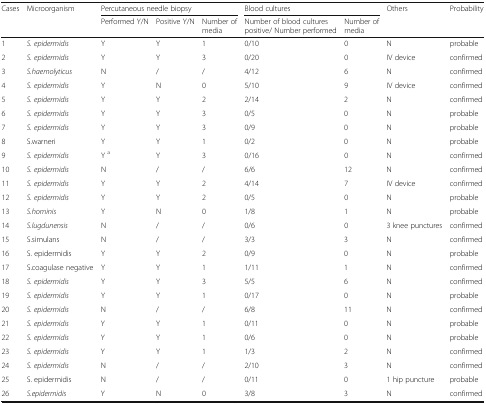
<table><thead><tr><td rowspan="2"><b>Cases</b></td><td rowspan="2"><b>Microorganism</b></td><td colspan="3"><b>Percutaneous needle biopsy</b></td><td colspan="2"><b>Blood cultures</b></td><td rowspan="2"><b>Others</b></td><td rowspan="2"><b>Probability</b></td></tr><tr><td><b>Performed Y/N</b></td><td><b>Positive Y/N</b></td><td><b>Number of media</b></td><td><b>Number of blood cultures positive/ Number performed</b></td><td><b>Number of media</b></td></tr></thead><tbody><tr><td>1</td><td><i>S. epidermidis</i></td><td>Y</td><td>Y</td><td>1</td><td>0/10</td><td>0</td><td>N</td><td>probable</td></tr><tr><td>2</td><td><i>S. epidermidis</i></td><td>Y</td><td>Y</td><td>3</td><td>0/20</td><td>0</td><td>IV device</td><td>confirmed</td></tr><tr><td>3</td><td><i>S.haemolyticus</i></td><td>N</td><td>/</td><td>/</td><td>4/12</td><td>6</td><td>N</td><td>confirmed</td></tr><tr><td>4</td><td><i>S. epidermidis</i></td><td>Y</td><td>N</td><td>0</td><td>5/10</td><td>9</td><td>IV device</td><td>confirmed</td></tr><tr><td>5</td><td><i>S. epidermidis</i></td><td>Y</td><td>Y</td><td>2</td><td>2/14</td><td>2</td><td>N</td><td>confirmed</td></tr><tr><td>6</td><td><i>S. epidermidis</i></td><td>Y</td><td>Y</td><td>3</td><td>0/5</td><td>0</td><td>N</td><td>probable</td></tr><tr><td>7</td><td><i>S. epidermidis</i></td><td>Y</td><td>Y</td><td>3</td><td>0/9</td><td>0</td><td>N</td><td>probable</td></tr><tr><td>8</td><td>S.warneri</td><td>Y</td><td>Y</td><td>1</td><td>0/2</td><td>0</td><td>N</td><td>probable</td></tr><tr><td>9</td><td><i>S. epidermidis</i></td><td>Y <sup>a</sup></td><td>Y</td><td>3</td><td>0/16</td><td>0</td><td>N</td><td>confirmed</td></tr><tr><td>10</td><td><i>S. epidermidis</i></td><td>N</td><td>/</td><td>/</td><td>6/6</td><td>12</td><td>N</td><td>confirmed</td></tr><tr><td>11</td><td><i>S. epidermidis</i></td><td>Y</td><td>Y</td><td>2</td><td>4/14</td><td>7</td><td>IV device</td><td>confirmed</td></tr><tr><td>12</td><td><i>S. epidermidis</i></td><td>Y</td><td>Y</td><td>2</td><td>0/5</td><td>0</td><td>N</td><td>probable</td></tr><tr><td>13</td><td><i>S.hominis</i></td><td>Y</td><td>N</td><td>0</td><td>1/8</td><td>1</td><td>N</td><td>probable</td></tr><tr><td>14</td><td><i>S.lugdunensis</i></td><td>N</td><td>/</td><td>/</td><td>0/6</td><td>0</td><td>3 knee punctures</td><td>confirmed</td></tr><tr><td>15</td><td>S.simulans</td><td>N</td><td>/</td><td>/</td><td>3/3</td><td>3</td><td>N</td><td>confirmed</td></tr><tr><td>16</td><td>S. epidermidis</td><td>Y</td><td>Y</td><td>2</td><td>0/9</td><td>0</td><td>N</td><td>probable</td></tr><tr><td>17</td><td>S.coagulase negative</td><td>Y</td><td>Y</td><td>1</td><td>1/11</td><td>1</td><td>N</td><td>confirmed</td></tr><tr><td>18</td><td><i>S. epidermidis</i></td><td>Y</td><td>Y</td><td>3</td><td>5/5</td><td>6</td><td>N</td><td>confirmed</td></tr><tr><td>19</td><td><i>S. epidermidis</i></td><td>Y</td><td>Y</td><td>1</td><td>0/17</td><td>0</td><td>N</td><td>probable</td></tr><tr><td>20</td><td><i>S. epidermidis</i></td><td>N</td><td>/</td><td>/</td><td>6/8</td><td>11</td><td>N</td><td>confirmed</td></tr><tr><td>21</td><td><i>S. epidermidis</i></td><td>Y</td><td>Y</td><td>1</td><td>0/11</td><td>0</td><td>N</td><td>probable</td></tr><tr><td>22</td><td><i>S. epidermidis</i></td><td>Y</td><td>Y</td><td>1</td><td>0/6</td><td>0</td><td>N</td><td>probable</td></tr><tr><td>23</td><td><i>S. epidermidis</i></td><td>Y</td><td>Y</td><td>1</td><td>1/3</td><td>2</td><td>N</td><td>confirmed</td></tr><tr><td>24</td><td><i>S. epidermidis</i></td><td>N</td><td>/</td><td>/</td><td>2/10</td><td>3</td><td>N</td><td>confirmed</td></tr><tr><td>25</td><td>S. epidermidis</td><td>N</td><td>/</td><td>/</td><td>0/11</td><td>0</td><td>1 hip puncture</td><td>probable</td></tr><tr><td>26</td><td><i>S.epidermidis</i></td><td>Y</td><td>N</td><td>0</td><td>3/8</td><td>3</td><td>N</td><td>confirmed</td></tr></tbody></table>